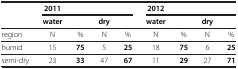
|  | 2011 |  |  |  | 2012 |  |  |  |
 |  | water |  | dry |  | water |  | dry |  |
 | --- | --- | --- | --- | --- | --- | --- | --- | --- |
 | region | N | % | N | % | N | % | N | % |
 | humid | 15 | 75 | 5 | 25 | 18 | 75 | 6 | 25 |
 | semi-dry | 23 | 33 | 47 | 67 | 11 | 29 | 27 | 71 |